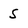
Character: 5